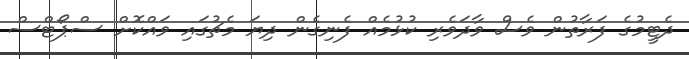
ދެޓީމުގެ ފަރާތުން ވެސް ވާދަވެރި ކުޅުމެއް ފެނިގެން ދިޔަ މެޗުގައި ވައްކޮށް ސްޕޯޓްސް